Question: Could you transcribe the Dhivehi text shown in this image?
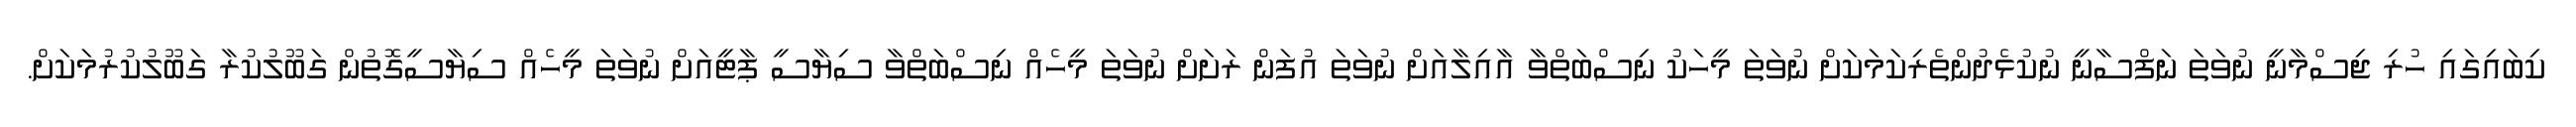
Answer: ކިބައިގައި ހުރި ޖިސްމާނީ ނުވަތަ ނަފްސާނީ ނުކުޅެދުންތެރިކަމަކަށް ނުވަތަ މީހަކު ނިސްބަތްވާ އާއިލާއަށް ނުވަތަ އުފަން ރަށަށް ނުވަތަ މީހެއް ނިސްބަތްވާ ސިޔާސީ ޕާޓީއަށް ނުވަތަ މީހެއް ސިޔާސީގޮތުން ގަބޫލުކުރާ ގަބޫލުކުރުމަކަށް.